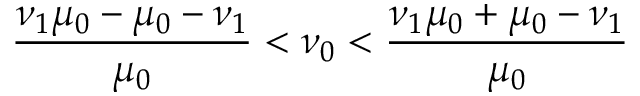
\frac { \nu _ { 1 } \mu _ { 0 } - \mu _ { 0 } - \nu _ { 1 } } { \mu _ { 0 } } < \nu _ { 0 } < \frac { \nu _ { 1 } \mu _ { 0 } + \mu _ { 0 } - \nu _ { 1 } } { \mu _ { 0 } }